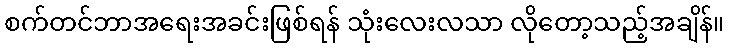
စက်တင်ဘာအရေးအခင်းဖြစ်ရန် သုံးလေးလသာ လိုတော့သည့်အချိန်။